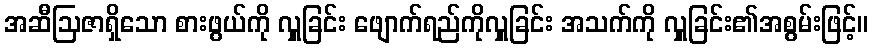
အဆီဩဇာရှိသော စားဖွယ်ကို လှူခြင်း ဖျောက်ရည်ကိုလှူခြင်း အသက်ကို လှူခြင်း၏အစွမ်းဖြင့်။